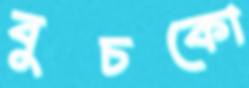
বুচকো